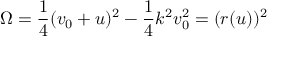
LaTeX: \Omega = \frac { 1 } { 4 } ( v _ { 0 } + u ) ^ { 2 } - \frac { 1 } { 4 } k ^ { 2 } v _ { 0 } ^ { 2 } = ( r ( u ) ) ^ { 2 }